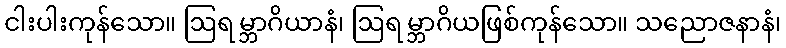
ငါးပါးကုန်သော။ ဩရမ္ဘာဂိယာနံ၊ ဩရမ္ဘာဂိယဖြစ်ကုန်သော။ သညောဇနာနံ၊